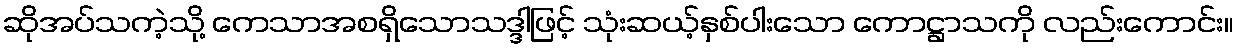
ဆိုအပ်သကဲ့သို့ ကေသာအစရှိသောသဒ္ဒါဖြင့် သုံးဆယ့်နှစ်ပါးသော ကောဋ္ဌာသကို လည်းကောင်း။